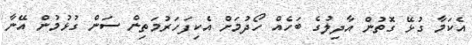
އެކަމާ ގުޅޭ ގޮތުން އާދިލުގެ ބަހެއް ހޯދުމަށް އެކިފަހަރުމަތިން ސަން ގުޅުމުން އޭނާ